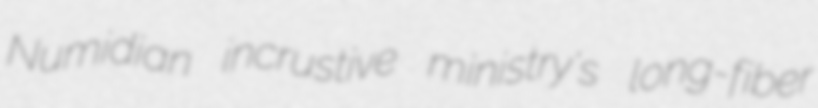
Numidian incrustive ministry's long-fiber